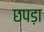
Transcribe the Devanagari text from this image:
छपड़ा